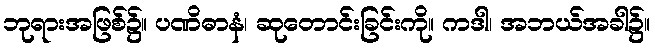
ဘုရားအဖြစ်၌။ ပဏိဓာနံ၊ ဆုတောင်းခြင်းကို။ ကဒါ၊ အဘယ်အခါ၌။